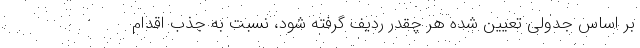
بر اساس جدولی تعیین شده هر چقدر ردیف گرفته شود، نسبت به جذب اقدام